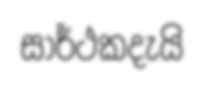
සාර්ථකදැයි